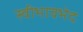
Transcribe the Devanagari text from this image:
स्वीभावभेद